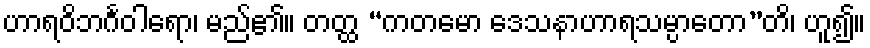
ဟာရဝိဘင်္ဂဝါရော၊ မည်၏။ တတ္ထ “ကတမော ဒေသနာဟာရသမ္ပာတော”တိ၊ ဟူ၍။